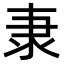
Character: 𮥴